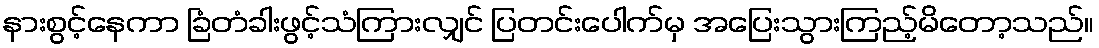
နားစွင့်နေကာ ခြံတံခါးဖွင့်သံကြားလျှင် ပြတင်းပေါက်မှ အပြေးသွားကြည့်မိတော့သည်။